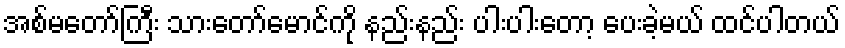
အစ်မတော်ကြီး သားတော်မောင်ကို နည်းနည်း ပါးပါးတော့ ပေးခဲ့မယ် ထင်ပါတယ်